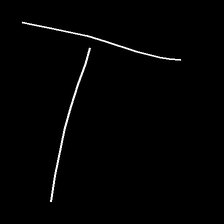
Glyph: column